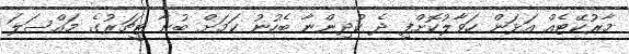
މާރުކޭޓެއް އަޅަން ހަވާލުކޮށްފި ދެ ކުދިންނާ ބެހުނު ކަމަށް ބުނާ ޓީޗަރުގެ މައްސަލަ